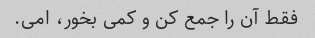
فقط آن را جمع کن و کمی بخور، امی.